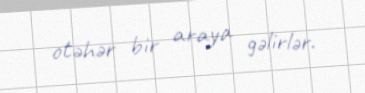
otəhər bir araya gəlirlər.